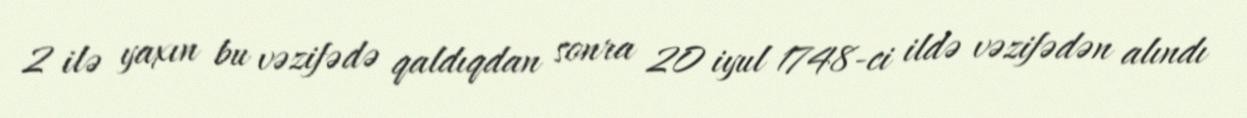
2 ilə yaxın bu vəzifədə qaldıqdan sonra 20 iyul 1748-ci ildə vəzifədən alındı